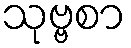
သုဗ္ဗစာ